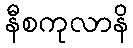
နီစကုလာနိ